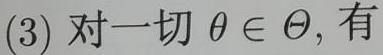
(3) 对一切 $\theta \in \Theta$, 有